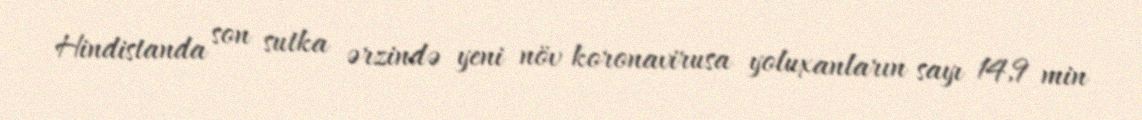
Hindistanda son sutka ərzində yeni növ koronavirusa yoluxanların sayı 14,9 min